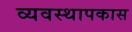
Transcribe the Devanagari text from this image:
व्यवस्थापकास